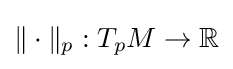
\|\cdot \|_{p}:T_{p}M\to \mathbb {R}